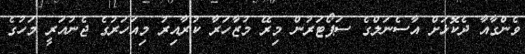
ވެންގާއާ ދެކޮޅަށް އާސެނަލްގެ ސަޕޯޓަރުން މިރޭ މުޒާހަރާ ކުރާއިރު މިއަހަރުގެ ޖެނުއަރީ މަހުގެ